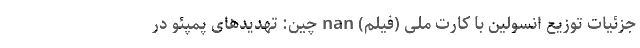
جزئیات توزیع انسولین با کارت ملی (فیلم) nan چین: تهدیدهای پمپئو در